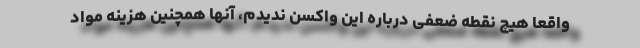
واقعاً هیچ نقطه ضعفی درباره این واکسن ندیدم، آنها همچنین هزینه مواد